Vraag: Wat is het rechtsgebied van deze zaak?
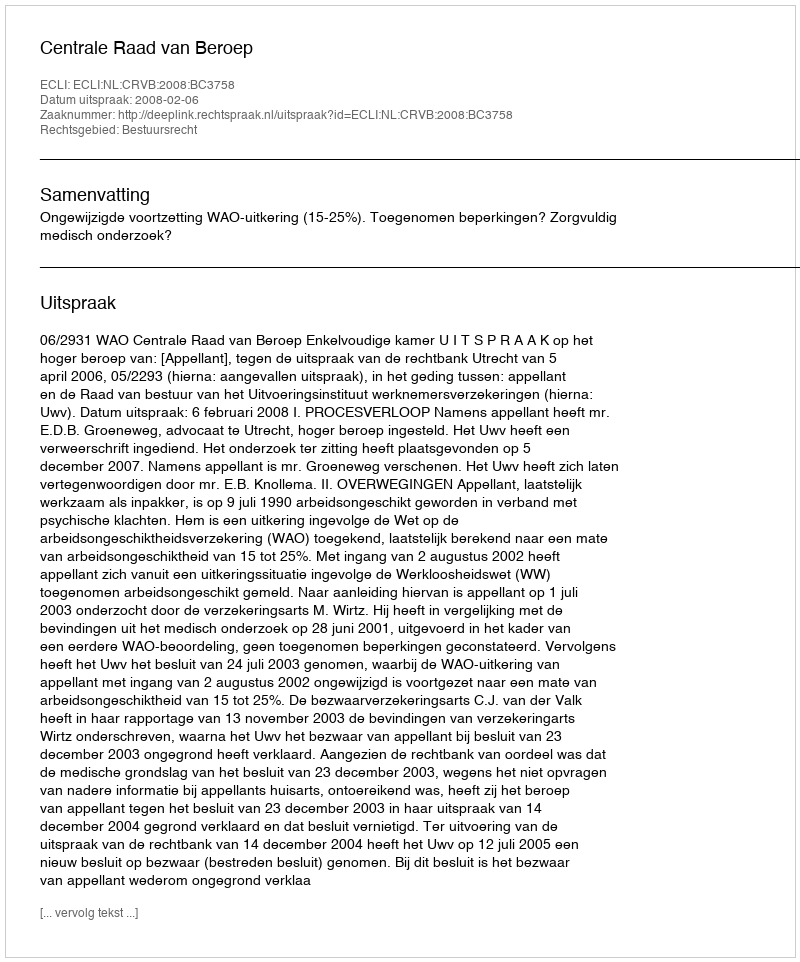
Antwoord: Bestuursrecht